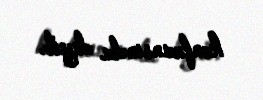
konfransında deyib.